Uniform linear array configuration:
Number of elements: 48
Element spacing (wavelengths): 0.75
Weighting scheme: cosine
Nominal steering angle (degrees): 30
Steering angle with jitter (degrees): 29.603
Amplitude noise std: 0.05
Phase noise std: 0.05

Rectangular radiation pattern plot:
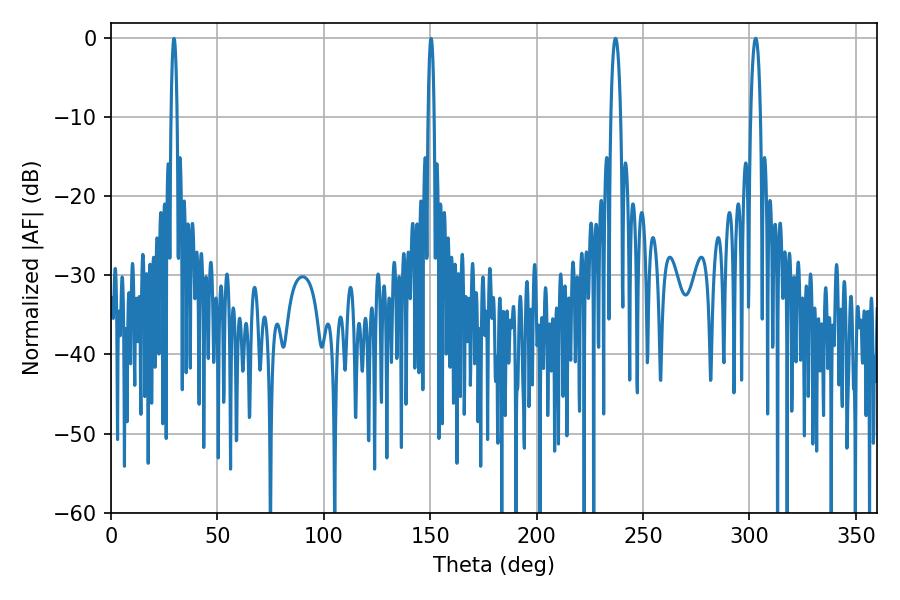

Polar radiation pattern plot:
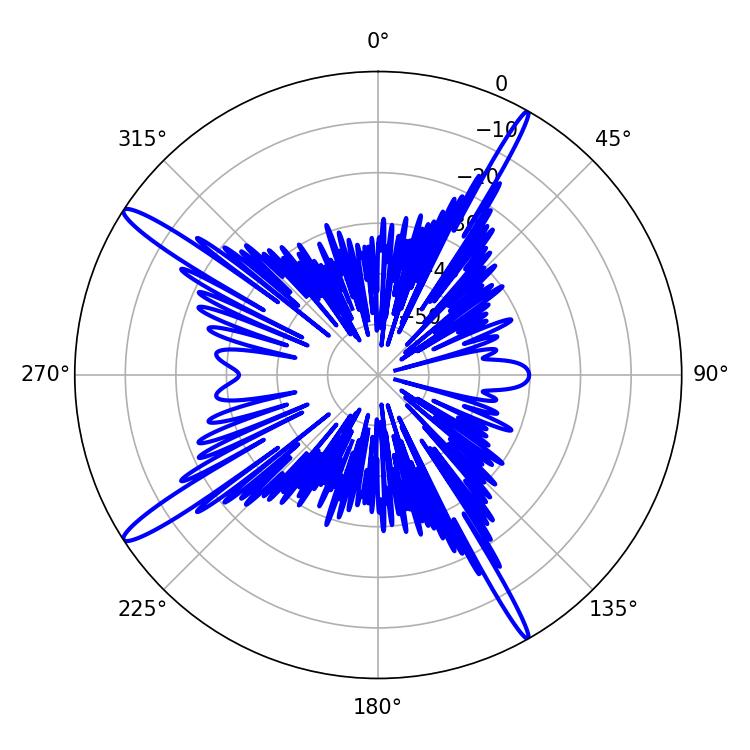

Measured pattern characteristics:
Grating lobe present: TRUE
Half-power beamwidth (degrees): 2.52
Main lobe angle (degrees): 237.06